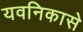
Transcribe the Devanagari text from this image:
यवनिकासे